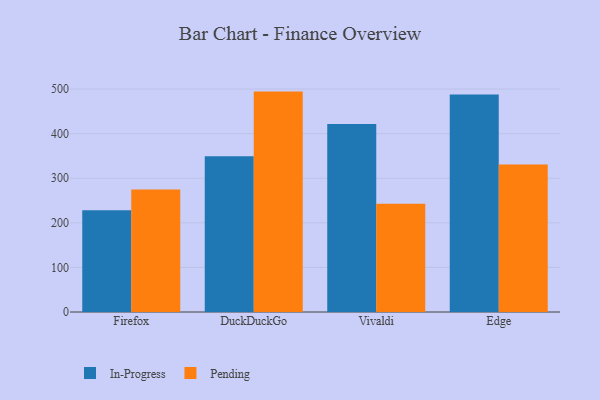
{"axis": {"x": "Browser", "y": "Tickets Resolved"}, "legend": ["In-Progress", "Pending"], "data": [{"x": "Firefox", "y": 228.3, "type": "In-Progress"}, {"x": "Firefox", "y": 274.7, "type": "Pending"}, {"x": "DuckDuckGo", "y": 349.2, "type": "In-Progress"}, {"x": "DuckDuckGo", "y": 494.4, "type": "Pending"}, {"x": "Vivaldi", "y": 421.8, "type": "In-Progress"}, {"x": "Vivaldi", "y": 243.1, "type": "Pending"}, {"x": "Edge", "y": 487.8, "type": "In-Progress"}, {"x": "Edge", "y": 331.0, "type": "Pending"}]}